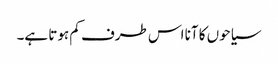
سیاحوں کا آنا اس طرف کم ہوتا ہے۔